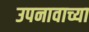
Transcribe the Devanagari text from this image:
उपनावाच्या